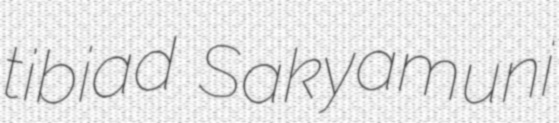
tibiad Sakyamuni